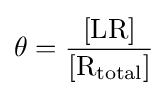
\theta ={\frac {[\mathrm {LR} ]}{[\mathrm {R} {\vphantom {A}}_{\smash[{t}]{\rm {\mathrm {total} }}}]}}